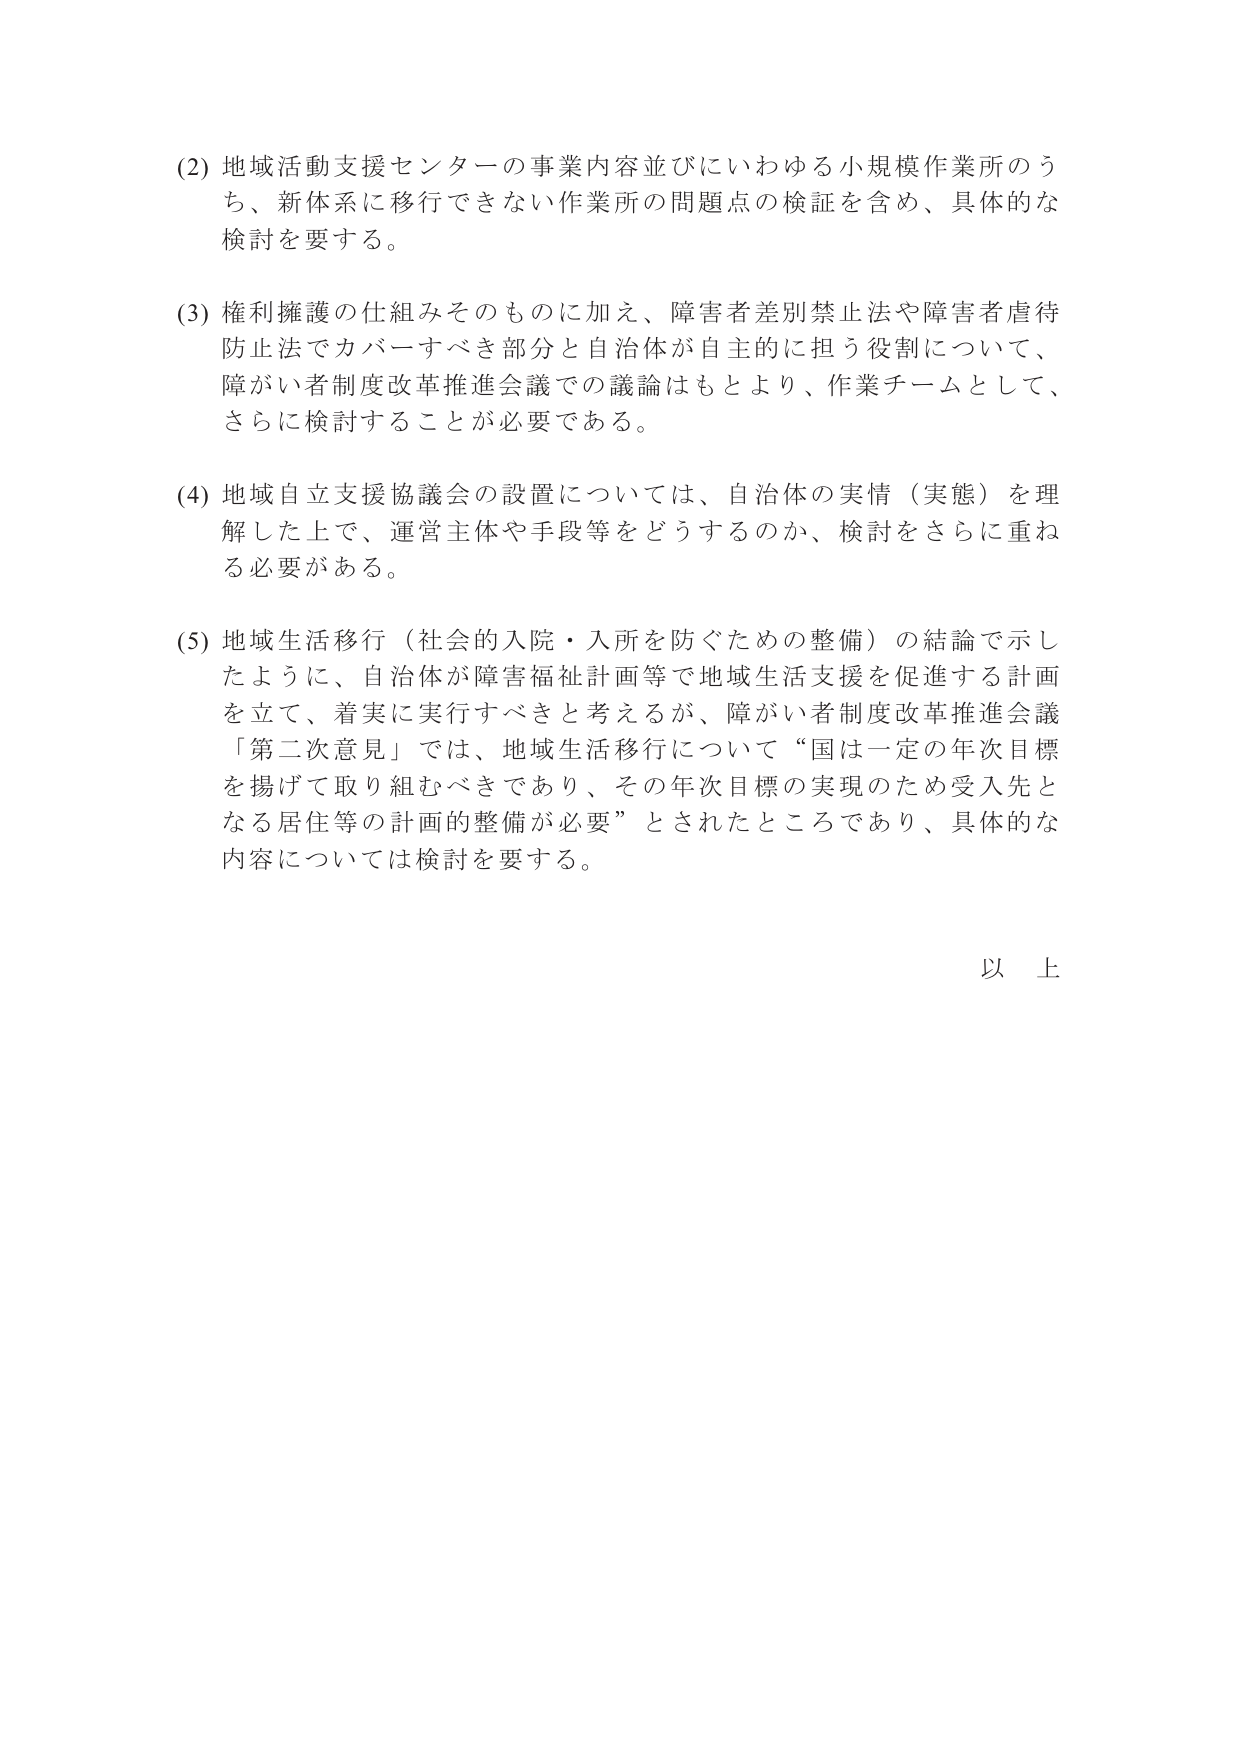
(2) 地域活動支援センターの事業内容並びにいわゆる小規模作業所のうち、新体系に移行できない作業所の問題点の検証を含め、具体的な検討を要する。

(3) 権利擁護の仕組みそのものに加え、障害者差別禁止法や障害者虐待防止法でカバーすべき部分と自治体が自主的に担う役割について、障がい者制度改革推進会議での議論はもとより、作業チームとして、さらに検討することが必要である。

(4) 地域自立支援協議会の設置については、自治体の実情（実態）を理解した上で、運営主体や手段等をどうするのか、検討をさらに重ねる必要がある。

(5) 地域生活移行（社会的入院・入所を防ぐための整備）の結論で示したように、自治体が障害福祉計画等で地域生活支援を促進する計画を立て、着実に実行すべきと考えるが、障がい者制度改革推進会議「第二次意見」では、地域生活移行について「国は一定の年次目標を掲げて取り組むべきであり、その年次目標の実現のため受入先となる居住等の計画的整備が必要」とされたところであり、具体的な内容については検討を要する。

以上